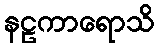
နဠကာရောသိ